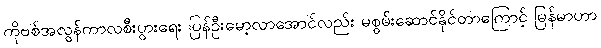
ကိုဗစ်အလွန်ကာလစီးပွားရေး ပြန်ဦးမော့လာအောင်လည်း မစွမ်းဆောင်နိုင်တာကြောင့် မြန်မာဟာ